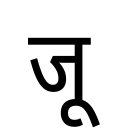
OCR:
जू